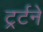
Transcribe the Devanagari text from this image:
ट्रर्टने